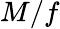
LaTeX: M/f